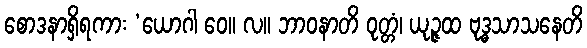
စောဒနာရှိရကား ‘ယောဂါ ဝေ။ လ။ ဘာဝနာတိ ဝုတ္တံ၊ ယုဉ္ဇထ ဗုဒ္ဓသာသနေတိ